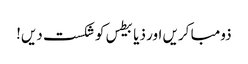
ذومبا کریں اور ذیابیطس کو شکست دیں!